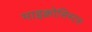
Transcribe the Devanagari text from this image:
माइक्रोसिस्टस